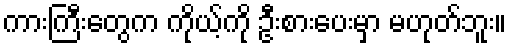
ကားကြီးတွေက ကိုယ့်ကို ဦးစားပေးမှာ မဟုတ်ဘူး။